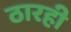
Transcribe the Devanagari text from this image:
ठारही